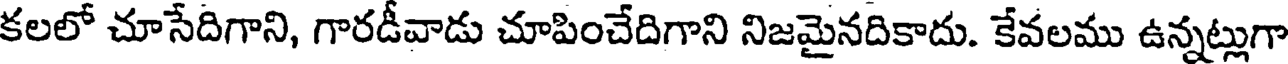
కలలో చూసేదిగాని, గారడీవాడు చూపించేదిగాని నిజమైనదికాదు. కేవలము ఉన్నట్లుగా